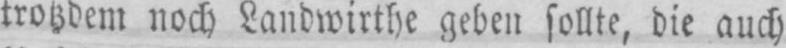
trotzdem noch Landwirthe geben sollte, die auch